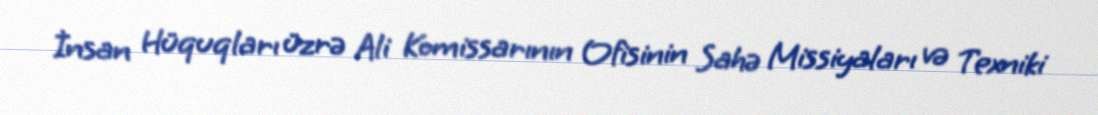
İnsan Hüquqları üzrə Ali Komissarının Ofisinin Sahə Missiyaları və Texniki